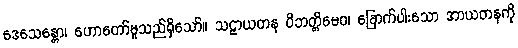
ဒေသေန္တော၊ ဟောတော်မူသည်ရှိသော်။ သဠာယတန ဝိဘတ္တိမေဝ၊ ခြောက်ပါးသော အာယတနကို